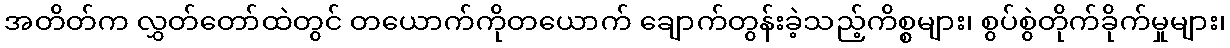
အတိတ်က လွှတ်တော်ထဲတွင် တယောက်ကိုတယောက် ချောက်တွန်းခဲ့သည့်ကိစ္စများ၊ စွပ်စွဲတိုက်ခိုက်မှုများ၊